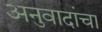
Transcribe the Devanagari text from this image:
अनुवादांचा